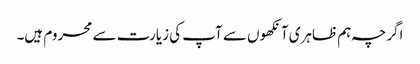
اگرچہ ہم ظاہری آنکھوں سے آپ کی زیارت سے محروم ہیں۔